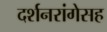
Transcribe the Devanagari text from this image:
दर्शनरांगेसह